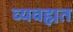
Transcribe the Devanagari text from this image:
व्यवह्मत